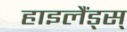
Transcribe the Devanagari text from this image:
हाइलैंड्स्